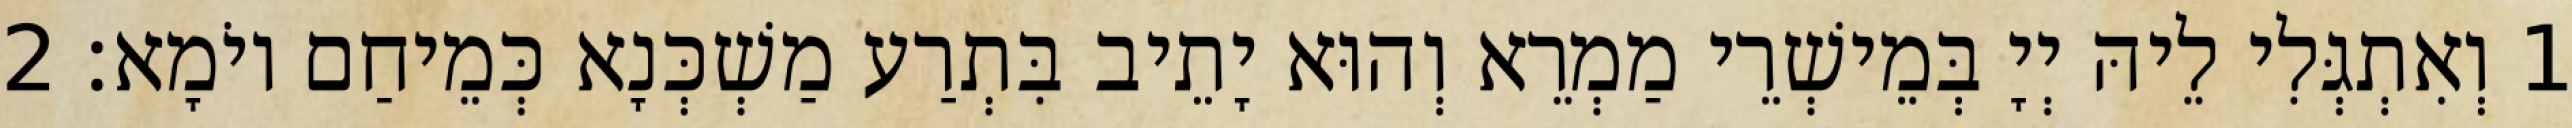
1 וְאִתְגְּלִי לֵיהּ יְיָ בְּמֵישְׁרֵי מַמְרֵא וְהוּא יָתֵיב בִּתְרַע מַשְׁכְּנָא כְּמֵיחַם יוֹמָא׃ 2